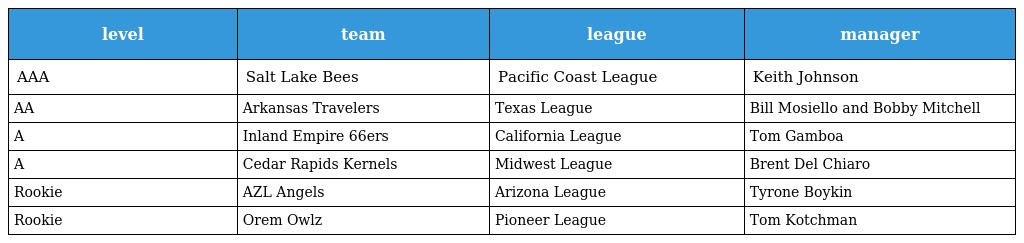
| level | team | league | manager |
 | --- | --- | --- | --- |
 | AAA | Salt Lake Bees | Pacific Coast League | Keith Johnson |
 | AA | Arkansas Travelers | Texas League | Bill Mosiello and Bobby Mitchell |
 | A | Inland Empire 66ers | California League | Tom Gamboa |
 | A | Cedar Rapids Kernels | Midwest League | Brent Del Chiaro |
 | Rookie | AZL Angels | Arizona League | Tyrone Boykin |
 | Rookie | Orem Owlz | Pioneer League | Tom Kotchman |